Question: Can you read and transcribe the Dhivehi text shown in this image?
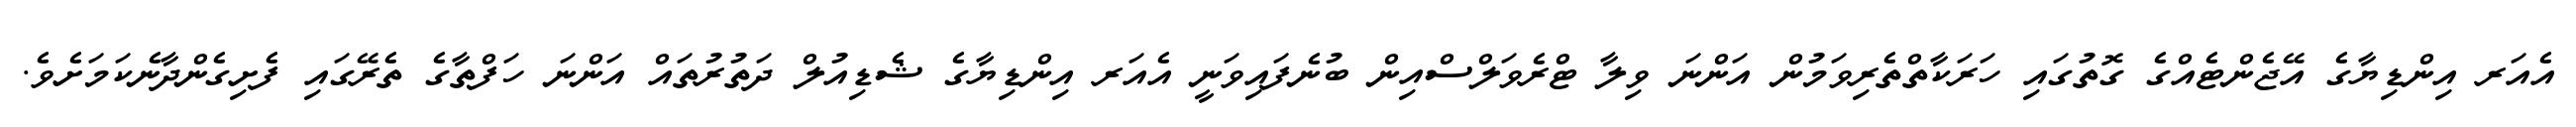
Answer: އެއަރ އިންޑިޔާގެ އޭޖެންޓެއްގެ ގޮތުގައި ހަރަކާތްތެރިވަމުން އަންނަ ވިލާ ޓްރެވަލްސްއިން ބުނެފައިވަނީ އެއަރ އިންޑިޔާގެ ޝެޑިއުލް ދަތުރުތައް އަންނަ ހަފްތާގެ ތެރޭގައި ފެށިގެންދާނެކަމަށެވެ.